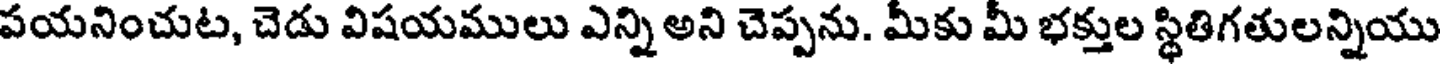
పయనించుట, చెడు విషయములు ఎన్ని అని చెప్పను. మీకు మీ భక్తుల స్థితిగతులన్నియు